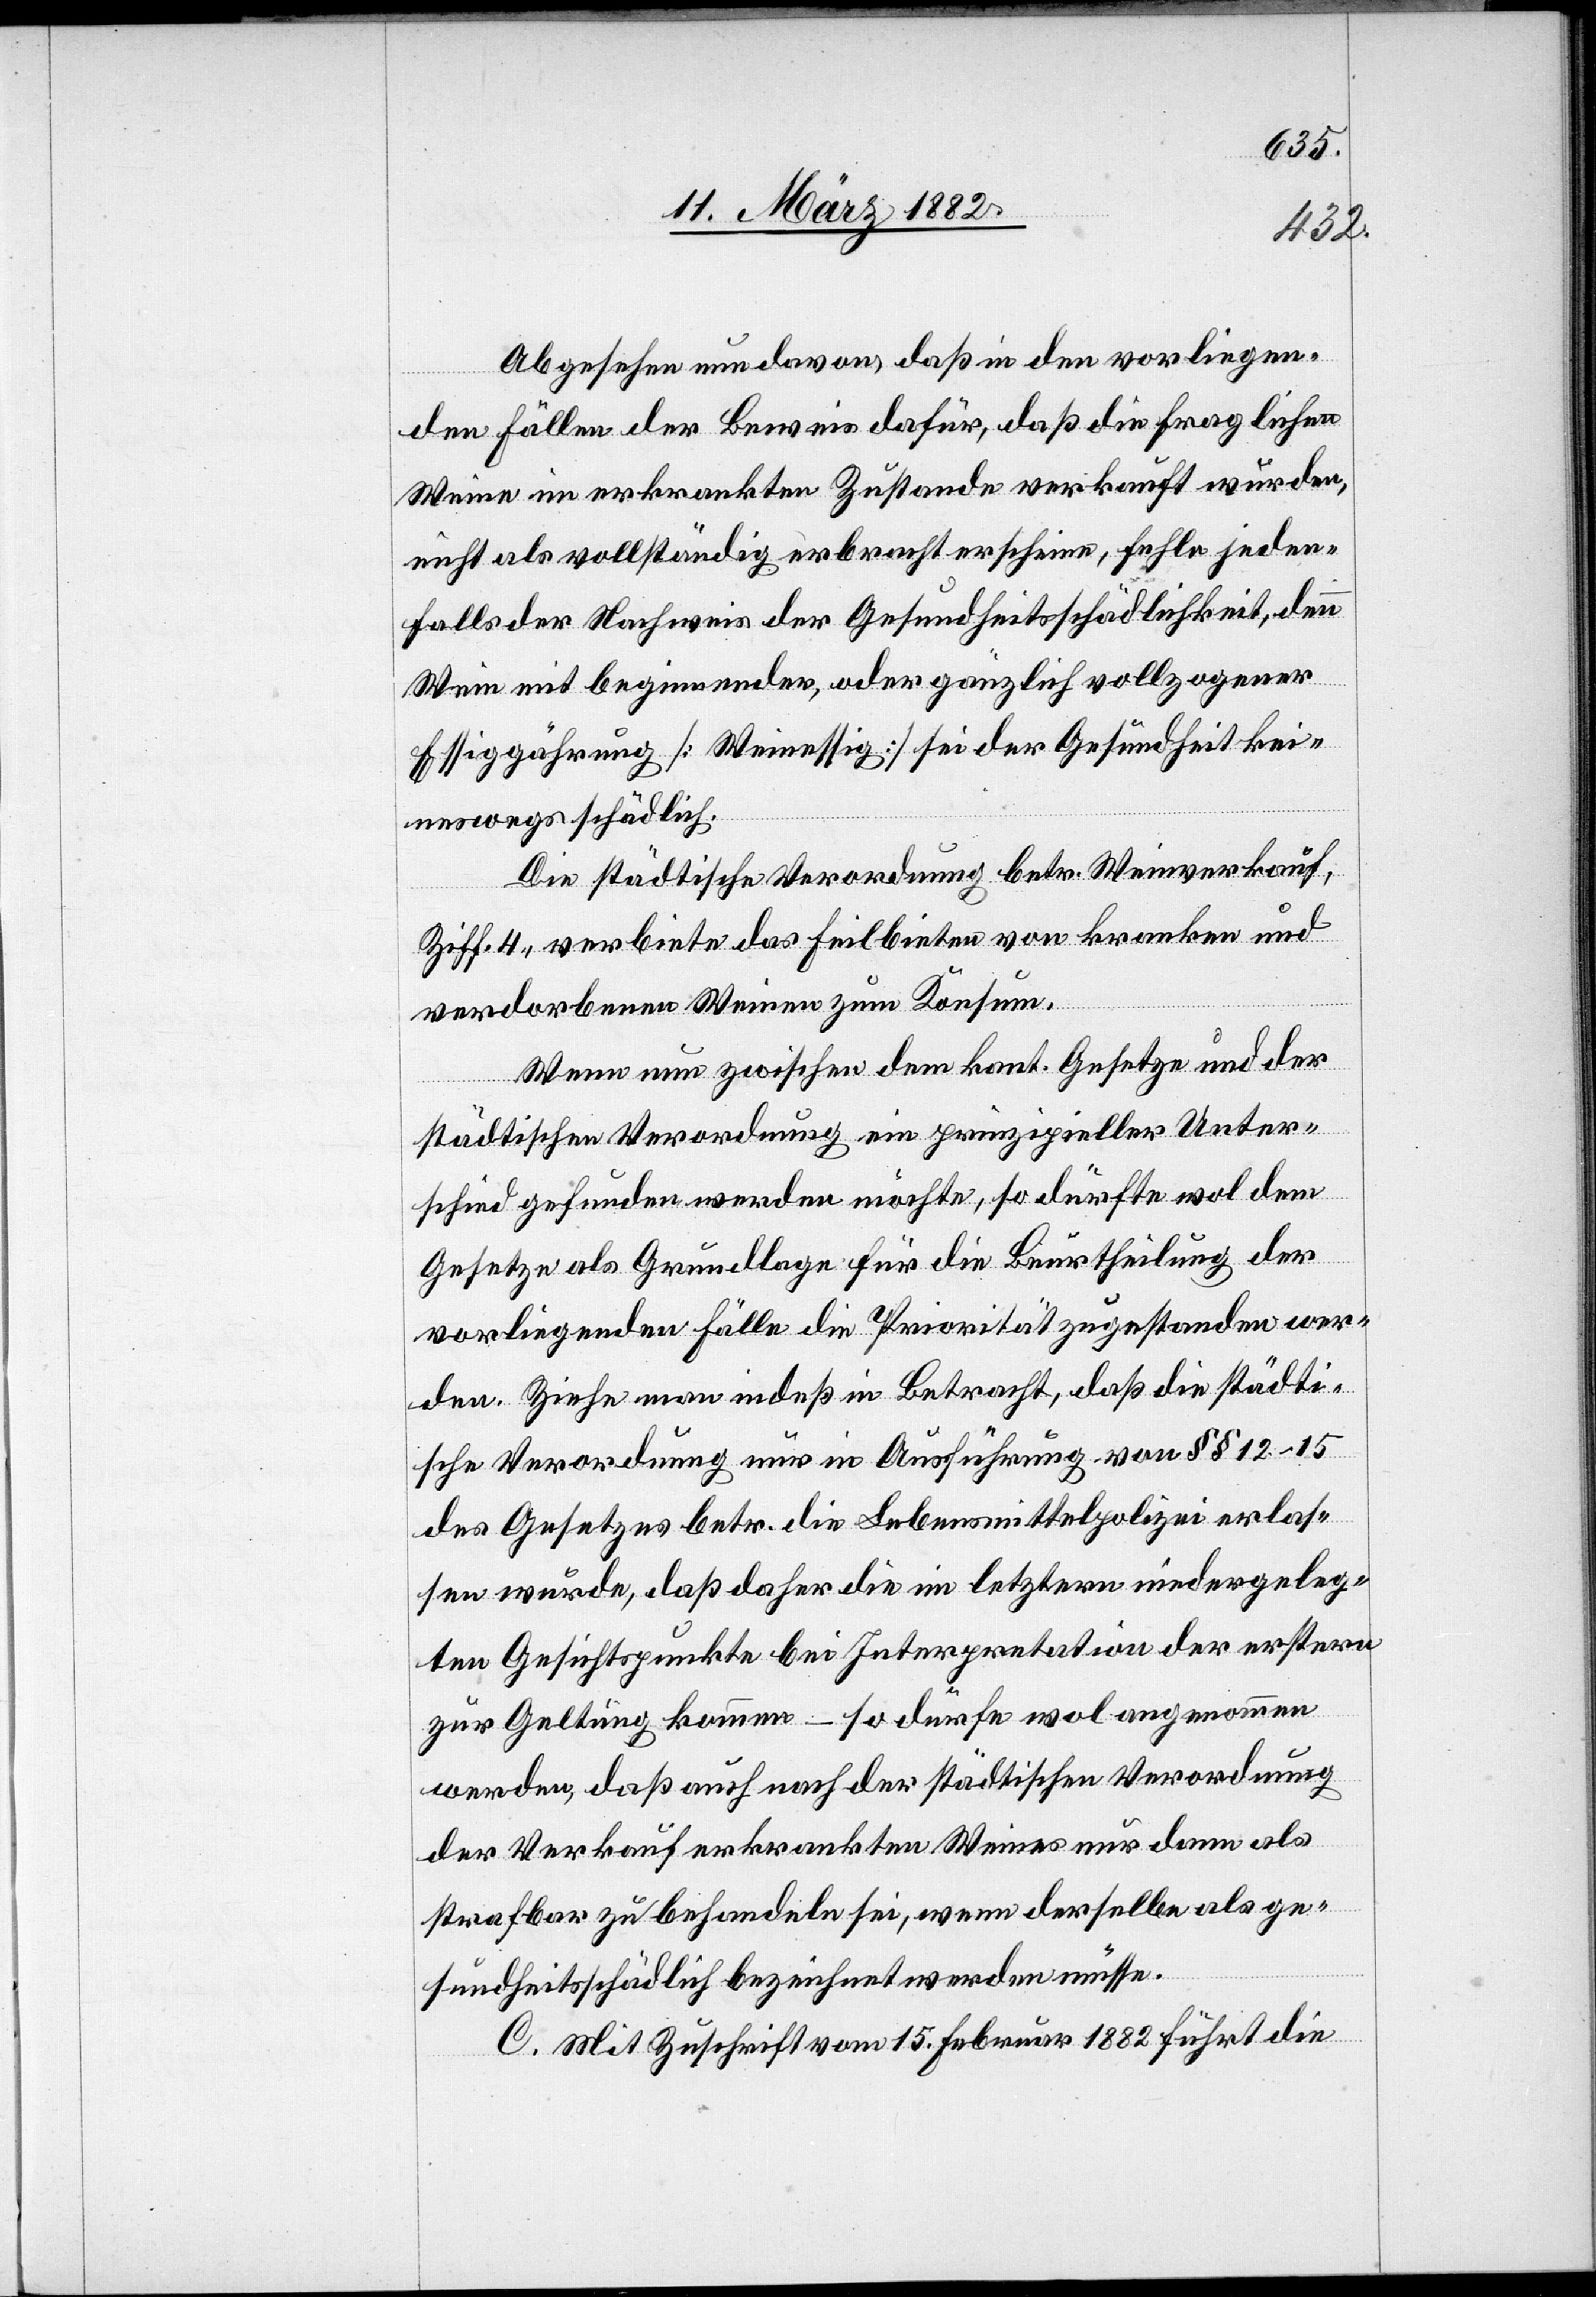
Abgesehen nun davon, daß in den vorliegen¬
den Fällen der Beweis dafür, daß die fraglichen
Weine im erkrankten Zustande verkauft wurden,
nicht als vollständig erbracht erscheine, fehle jeden¬
falls der Nachweis der Gesundheitsschädlichkeit, denn
Wein mit beginnender, oder gänzlich vollzogener
Essiggährung [Weinessig] sei der Gesundheit kei¬
neswegs schädlich.
Die städtische Verordnung betr. Weinverkauf,
Ziff. 4, verbiete das Feilbieten von kranken und
verdorbenen Weinen zum Konsum.
Wenn nun zwischen dem kant. Gesetze und der
städtischen Verordnung ein prinzipieller Unter¬
schied gefunden werden möchte, so dürfte wol dem
Gesetze als Grundlage für die Beurtheilung der
vorliegenden Fälle die Priorität zugestanden wer¬
den. Ziehe man indeß in Betracht, daß die städti¬
sche Verordnung nur in Ausführung von §§ 12–15
des Gesetzes betr. die Lebensmittelpolizei erlas¬
sen wurde, daß daher die im letztern niedergeleg¬
ten Gesichtspunkte bei Interpretation der erstern
zur Geltung komme – so dürfe wol angenommen
werden, daß auch nach der städtischen Verordnung
der Verkauf erkrankten Weines nur dann als
strafbar zu behandeln sei, wenn derselbe als ge¬
sundheitsschädlich bezeichnet werden müsse.
C. Mit Zuschrift vom 15. Februar 1882 führt die